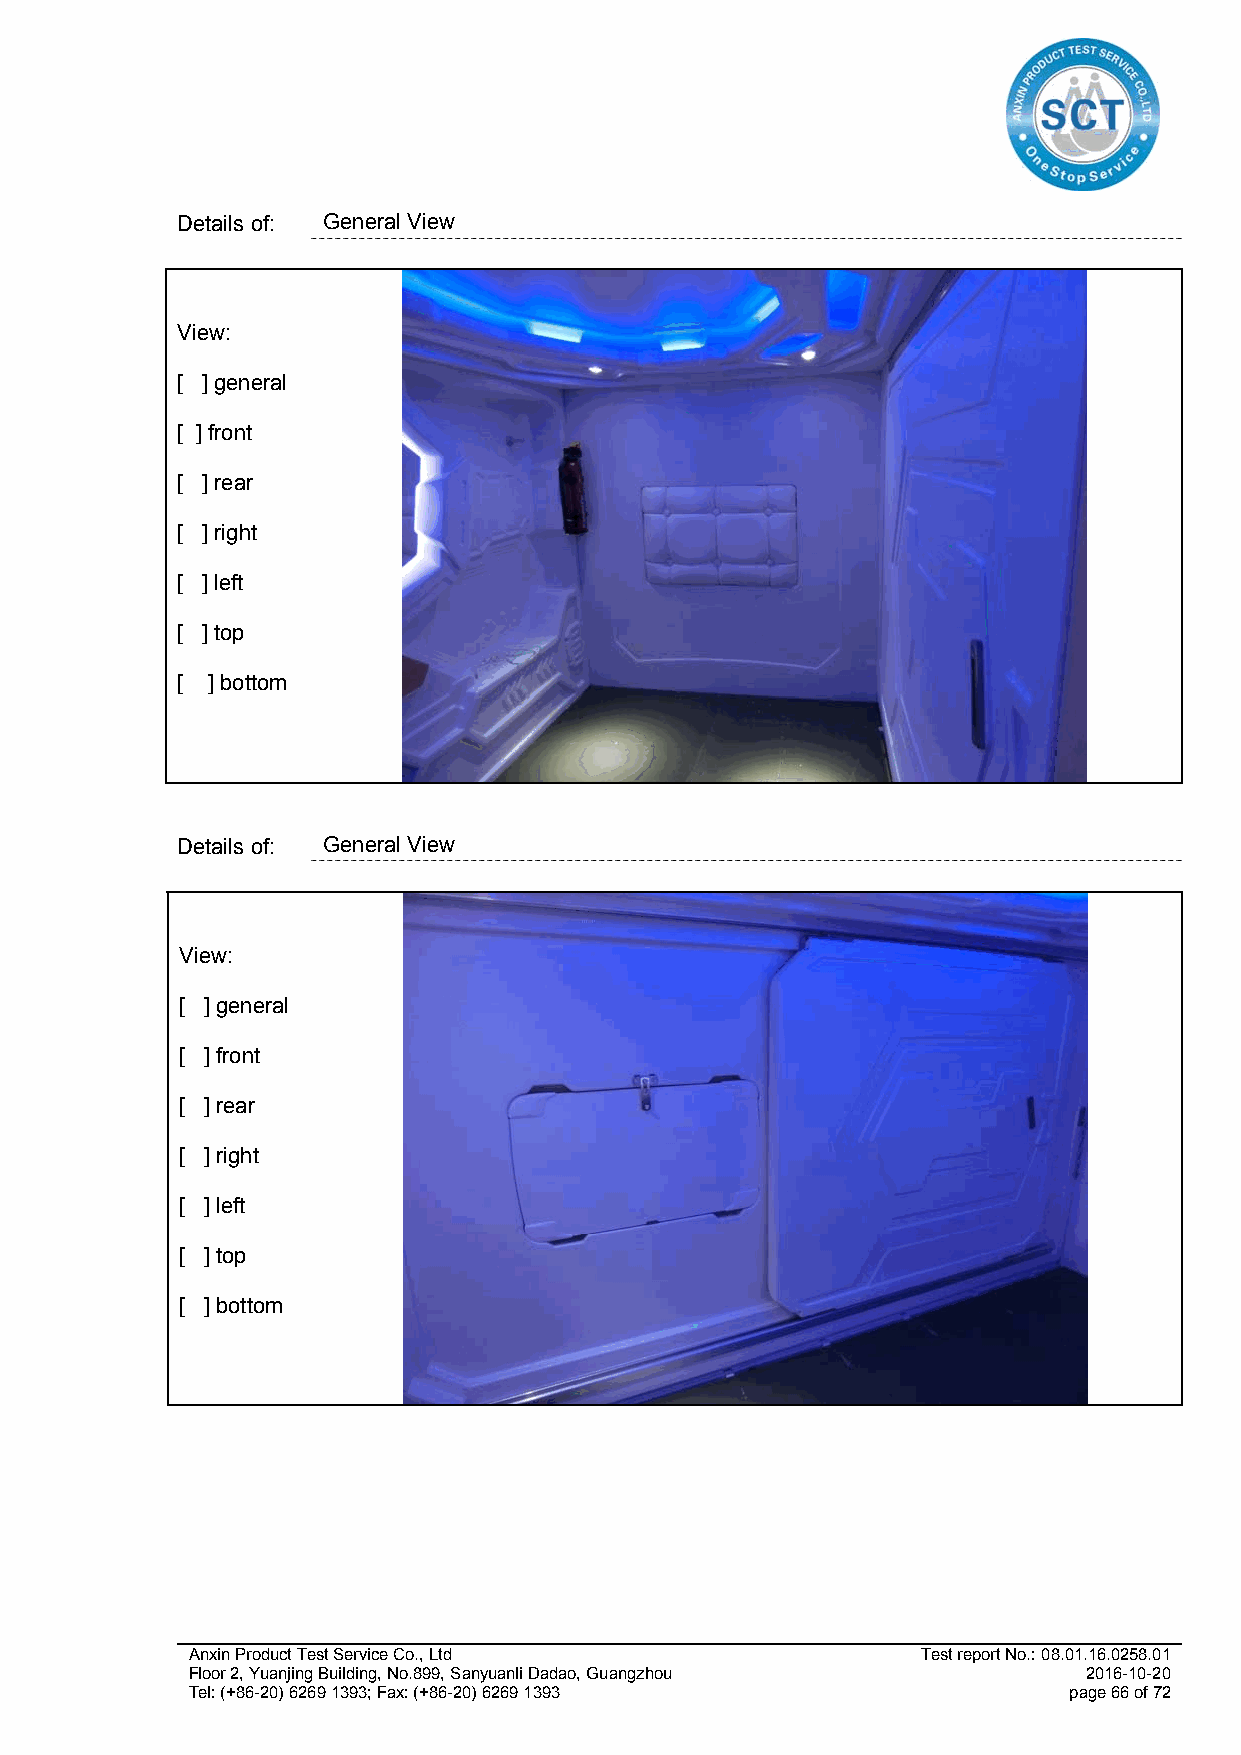
Details of: General View
 View:
 [ ] general
 [ ] front
 [ ] rear
 [ ] right
 [ ] left
 [ ] top
 [ ] bottom
 Details of: General View
 View:
 [ ] general
 [ ] front
 [ ] rear
 [ ] right
 [ ] left
 [ ] top
 [ ] bottom
 Anxin Product Test Service Co., Ltd              Test report No.: 08.01.16.0258.01
 Floor 2, Yuanjing Building, No.899, Sanyuanli Dadao, Guangzhou 2016-10-20
 Tel: (+86-20) 6269 1393; Fax: (+86-20) 6269 1393           page 66 of 72